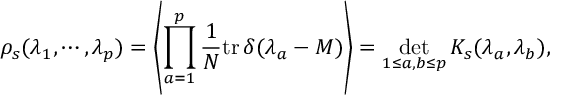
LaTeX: \rho _ { s } ( \lambda _ { 1 } , \cdots , \lambda _ { p } ) = \left\langle \prod _ { a = 1 } ^ { p } \frac { 1 } { N } \mathrm { t r } \, \delta ( \lambda _ { a } - M ) \right\rangle = \operatorname * { d e t } _ { 1 \leq a , b \leq p } K _ { s } ( \lambda _ { a } , \lambda _ { b } ) ,